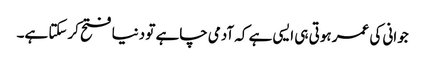
جوانی کی عمر ہوتی ہی ایسی ہے کہ آدمی چاہے تو دنیا فتح کرسکتا ہے۔